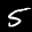
Label: 5